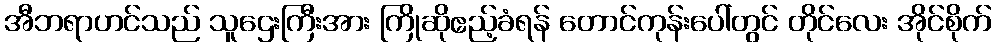
အီဘရာဟင်သည် သူဌေးကြီးအား ကြိုဆိုဧည့်ခံရန် တောင်ကုန်းပေါ်တွင် တိုင်လေး အိုင်စိုက်